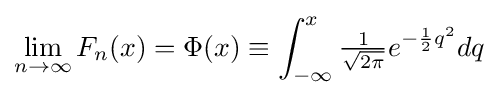
\lim _{n\to \infty }F_{n}(x)=\Phi (x)\equiv \int _{-\infty }^{x}{\tfrac {1}{\sqrt {2\pi }}}e^{-{\frac {1}{2}}q^{2}}dq